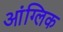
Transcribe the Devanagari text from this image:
आंग्लिक